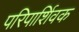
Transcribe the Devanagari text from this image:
परिपार्शिवक